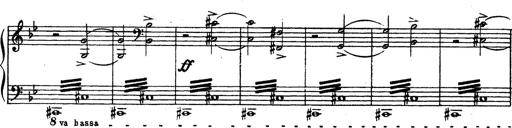
Title: Trauervorspiel und Trauermarsch
Composer: Franz Liszt